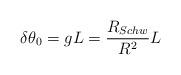
LaTeX: \begin{align*}\delta \theta_0 = gL = \frac {R_{Schw}}{R^2} L\end{align*}